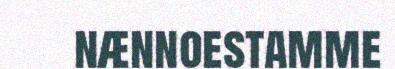
nænnoestamme